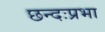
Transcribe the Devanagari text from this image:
छन्दःप्रभा